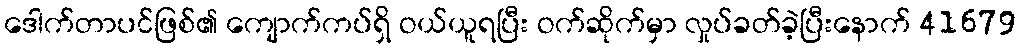
ဒေါက်တာပင်ဖြစ်၏ ကျောက်ကပ်ရှိ ဝယ်ယူရပြီး ဝက်ဆိုက်မှာ လှုပ်ခတ်ခဲ့ပြီးနောက် 41679